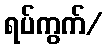
ရပ်ကွက်/